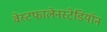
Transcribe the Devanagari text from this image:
वेस्टफालेनस्टेडियॉन